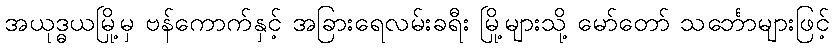
အယုဒ္ဓယမြို့မှ ဗန်ကောက်နှင့် အခြားရေလမ်းခရီး မြို့များသို့ မော်တော် သင်္ဘောများဖြင့်